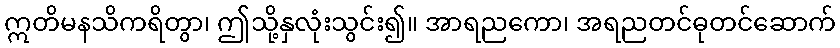
ဣတိမနသိကရိတွာ၊ ဤသို့နှလုံးသွင်း၍။ အာရညကော၊ အရညတင်ဓုတင်ဆောက်